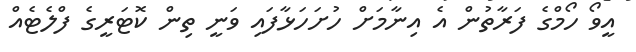
އީވޯ ހޯމްގެ ފަރާތުން އެ އިނާމަށް ހުށަހަޅާފައި ވަނީ ތިން ކޮޓަރީގެ ފްލެޓެއް